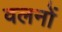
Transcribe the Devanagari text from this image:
वलनों